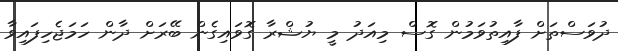
ދުވަސްތަށް ފާއިތުވަމުން ގޮސް މިއަދު މީ ޔުޝްރާ ގޮވައިގެން ބޭރަށް ދާން ހަމަޖެހިފައިވާ